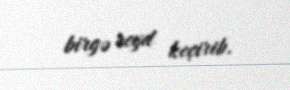
birgə reyd keçirib.